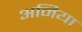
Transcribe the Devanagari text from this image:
अनिया